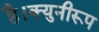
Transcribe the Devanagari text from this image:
है।क्युनीरूप